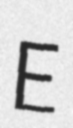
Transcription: E